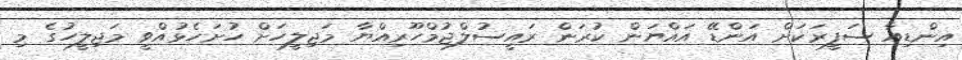
އިންޑިއާ ސަފީރަކަށް އަންޑޭ އައްޔަން ކުރަން ރައީސުލްޖުމްހޫރިއްޔާ މަޖިލީހަށް ހުށަހެޅުއްވީ މަޖިލީހުގެ މި